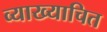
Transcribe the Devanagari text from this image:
व्याख्याचित